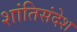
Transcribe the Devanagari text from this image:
शांतिसंदेश